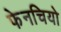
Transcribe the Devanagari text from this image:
फेनचियो